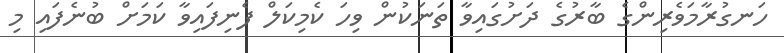
ހަނގުރާމަވެރިންގެ ބާރުގެ ދަށުގައިވާ ތަނަކުން ވިހަ ކެމިކަލް ފެނިފައިވާ ކަމަށް ބުނެފައި މި